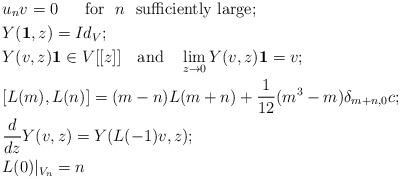
LaTeX: \begin{align*} & u_nv=0\ \ \ \ \ {\rm for}\ \ n\ \ {\rm sufficiently\ large}; \\& Y({\bf 1},z)=Id_{V}; \\& Y(v,z){\bf 1}\in V[[z]]\ \ \ {\rm and}\ \ \ \lim_{z\to0}Y(v,z){\bf 1}=v;\\& [L(m),L(n)]=(m-n)L(m+n)+\frac{1}{12}(m^3-m)\delta_{m+n,0}c ;\\& \frac{d}{dz}Y(v,z)=Y(L(-1)v,z);\\& L(0)|_{V_n}=n\end{align*}